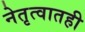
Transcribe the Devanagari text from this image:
नेतृत्वातही